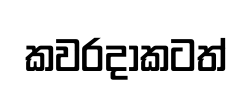
කවරදාකටත්